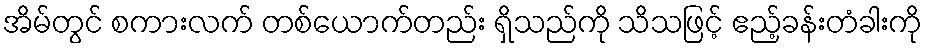
အိမ်တွင် စကားလက် တစ်ယောက်တည်း ရှိသည်ကို သိသဖြင့် ဧည့်ခန်းတံခါးကို